Annual report on the Civil Veterinary Department, Burma (including the Insein Veterinary School) - 1923-1931
Year: 1923
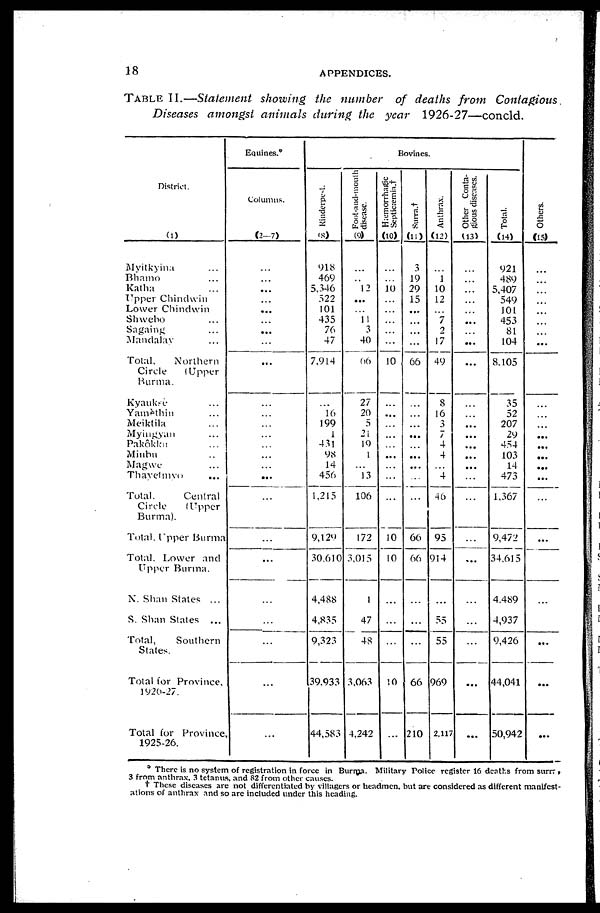
18
APPENDICES.
TABLE II.—Statement showing
the number
of deaths from
Contagious
Diseases
amongst
animals
during
the year
1926-27—concld.
District.
(1)
Myitkyina ...
Bhamo ...
Katha ...
Upper Chindwin
Lower Chindwin
Shwebo ...
Sagaing ...
Mandalay ...
Total,
Northern
Circle
(Upper
Burma.
Kyauksè ...
Yamèthin ...
Meiktila ...
Myingyan ...
Pakôkku ...
Minbu ...
Magwe ...
Thayetmyo ...
Total.
Central
Circle
(Upper
Burma).
Total. Upper Burma
Total. Lower and
Upper Burma.
N. Shan States ...
S. Shan States ...
Total,
Southern
States.
Total for Province,
1926-27.
Total for Province
1925-26.
Equines.*
Columns.
(2-7)
...
...
...
...
...
...
...
...
...
...
...
...
...
...
...
...
...
...
...
...
...
...
...
...
...
Bovines.
Rinderpest.
(8)
918
469
5,346
522
101
435
76
47
7,914
...
16
199
1
431
98
14
456
1,215
9,129
30,610
4,488
4,835
9,323
39,933
44,583
Foot-and-mouth
disease.
(9)
...
...
12
...
...
11
3
40
66
27
20
5
21
19
1
...
13
106
172
3,015
1
47
48
3,063
4,242
Hæmorrhagic
Septicæmia.†
(10)
...
...
10
...
...
...
...
...
10
...
...
...
...
...
...
...
...
...
10
10
...
...
...
10
...
Surra.†
(11)
3
19
29
15
...
...
...
...
66
...
...
...
...
...
...
...
...
...
66
66
...
...
...
66
210
Anthrax.
(12)
...
1
10
12
...
7
2
17
49
8
16
3
7
4
4
4
46
95
914
...
55
55
969
2,117
Other Conta-
gious diseases.
(13)
...
...
...
...
...
...
...
...
...
...
...
...
...
...
...
...
...
...
...
...
...
...
...
...
...
Total.
(14)
921
489
5,407
549
101
453
81
104
8,105
35
52
207
29
454
103
14
473
1,367
9,472
34,615
4,489
4,937
9,426
44,041
50,942
Ot her s .
(15)
...
...
...
...
...
...
...
...
...
...
...
...
...
...
...
...
...
...
...
...
...
...
...
...
* There is no system of registration in force in Burma. Military Police register 16 deaths from surrr ,
3 from anthrax, 3 tetanus, and 82 from other causes.
† These diseases are not differentiated by villagers or headmen, but are considered as different manifest-
ations of anthrax and so arc included under this heading.